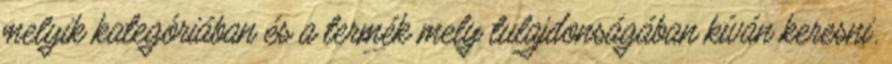
melyik kategóriában és a termék mely tulajdonságában kíván keresni.